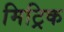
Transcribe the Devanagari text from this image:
मिट्रिक